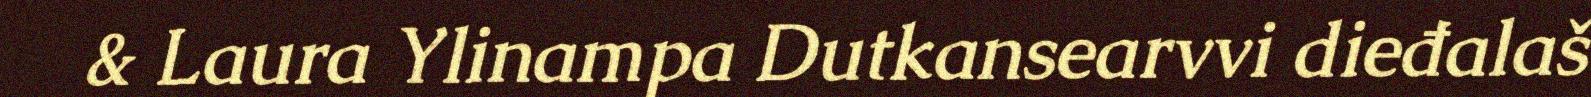
& Laura Ylinampa Dutkansearvvi dieđalaš